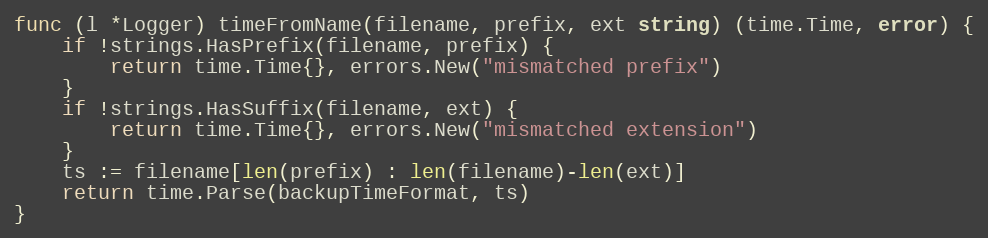
Language: Go
func (l *Logger) timeFromName(filename, prefix, ext string) (time.Time, error) {
	if !strings.HasPrefix(filename, prefix) {
		return time.Time{}, errors.New("mismatched prefix")
	}
	if !strings.HasSuffix(filename, ext) {
		return time.Time{}, errors.New("mismatched extension")
	}
	ts := filename[len(prefix) : len(filename)-len(ext)]
	return time.Parse(backupTimeFormat, ts)
}